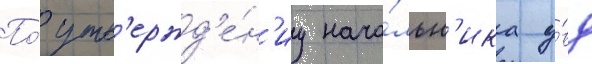
По́ утв'ержд'е́н'иу нача́льн'ика у́вд